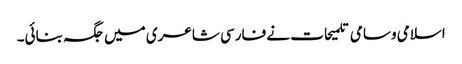
اسلامی وسامی تلمیحات نے فارسی شاعری میں جگہ بنائی۔